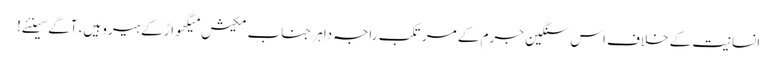
انسانیت کے خلاف اس سنگین جرم کے مرتکب راجہ داہر جناب مکیش میگھواڑ کے ہیرو ہیں، آگے سینئے!